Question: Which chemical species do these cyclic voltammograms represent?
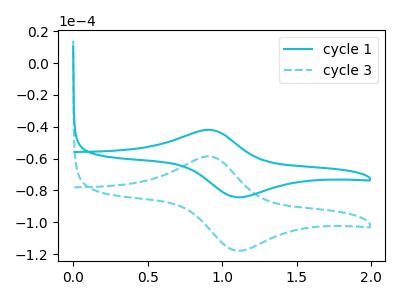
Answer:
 <answer>The cyan curve is labeled "cycle 1". The cyan dashed curve is labeled "cycle 3".</answer>
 <eval></eval>